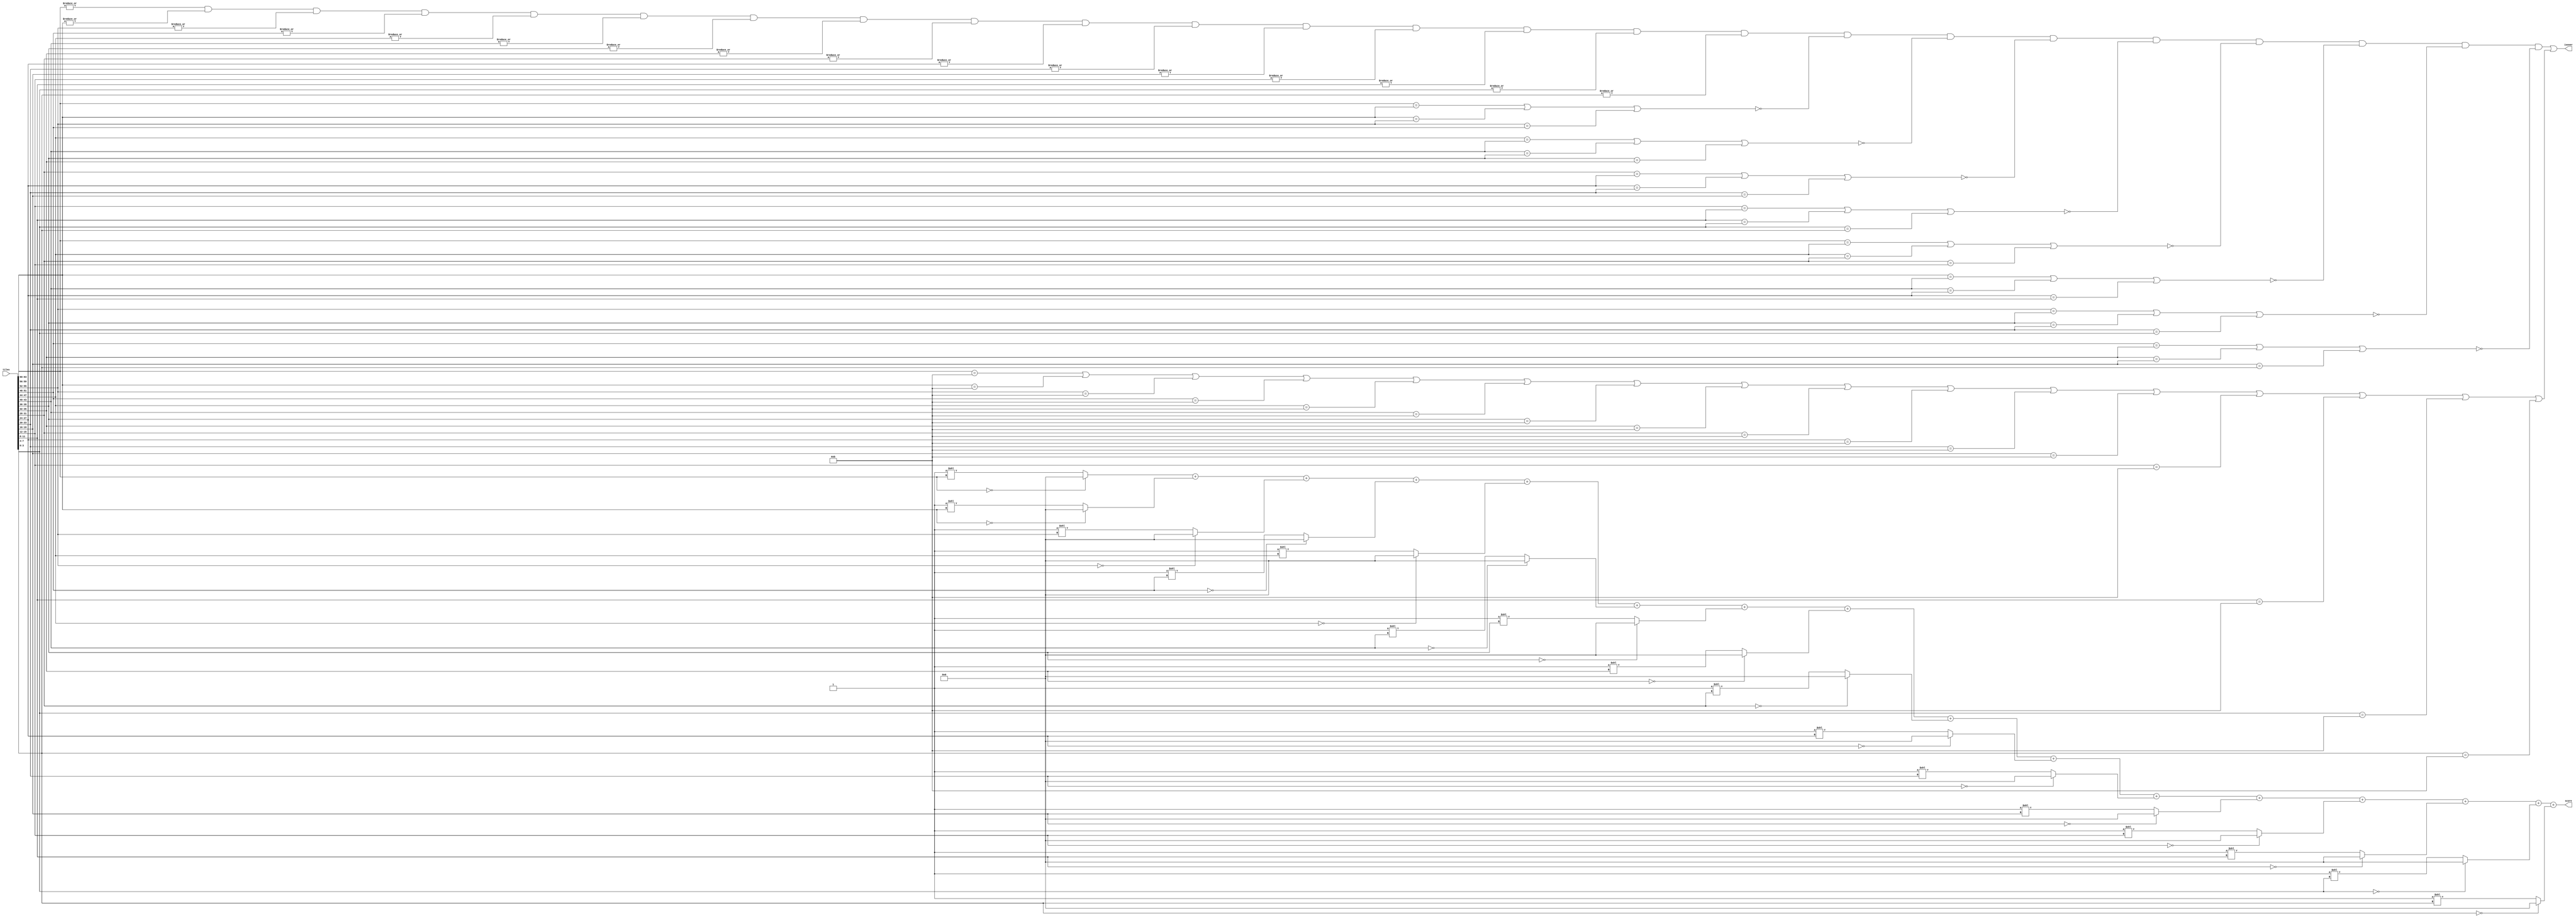
`timescale 1ns / 1ps
//////////////////////////////////////////////////////////////////////////////////
// Company: 
// Engineer: 
// 
// Design Name: 
// Module Name:    state 
// Project Name: 
// Target Devices: 
// Tool versions: 
// Description: State Module for 2048 Game
//
// Dependencies: 
//
// Revision: 
// Revision 0.01 - File Created
// Additional Comments: 
//
//////////////////////////////////////////////////////////////////////////////////
module state(
    input [63:0] tiles, // Input representing the state of the tiles
    output wire [15:0] score, // Output representing the score
    output wire isover // Output indicating game over state
    );

    wire full; // Wire indicating whether the board is full
    wire is2048; // Wire indicating whether the game reached 2048
    wire row1, row2, row3, row4; // Wires indicating matching tiles in each row
    wire col1, col2, col3, col4; // Wires indicating matching tiles in each column

    // Check if any row has matching tiles
    assign full = |tiles[63:60] & |tiles[59:56] & |tiles[55:52] & |tiles[51:48] & |tiles[47:44] & |tiles[43:40] & |tiles[39:36] & |tiles[35:32] & |tiles[31:28] & |tiles[27:24] & |tiles[23:20] & |tiles[19:16] & |tiles[15:12] & |tiles[11:8] & |tiles[7:4] & |tiles[3:0];
    assign row1 = (tiles[63:60]==tiles[59:56]) || (tiles[59:56]==tiles[55:52]) || (tiles[55:52]==tiles[51:48]);
    assign row2 = (tiles[47:44]==tiles[43:40]) || (tiles[43:40]==tiles[39:36]) || (tiles[39:36]==tiles[35:32]);
    assign row3 = (tiles[31:28]==tiles[27:24]) || (tiles[27:24]==tiles[23:20]) || (tiles[23:20]==tiles[19:16]);
    assign row4 = (tiles[15:12]==tiles[11:8]) || (tiles[11:8]==tiles[7:4]) || (tiles[7:4]==tiles[3:0]);

    // Check if any column has matching tiles
    assign col1 = (tiles[63:60]==tiles[47:44]) || (tiles[47:44]==tiles[31:28]) || (tiles[31:28]==tiles[15:12]);
    assign col2 = (tiles[59:56]==tiles[43:40]) || (tiles[43:40]==tiles[27:24]) || (tiles[27:24]==tiles[11:8]);
    assign col3 = (tiles[55:52]==tiles[39:36]) || (tiles[39:36]==tiles[23:20]) || (tiles[23:20]==tiles[7:4]);
    assign col4 = (tiles[51:48]==tiles[35:32]) || (tiles[35:32]==tiles[19:16]) || (tiles[19:16]==tiles[3:0]);

    // Check if any tile is 2048
    assign is2048 = tiles[63:60]==4'd11 || tiles[59:56]==4'd11 || tiles[55:52]==4'd11 || tiles[51:48]==4'd11 || tiles[47:44]==4'd11 || tiles[43:40]==4'd11 || tiles[39:36]==4'd11 || tiles[35:32]==4'd11 || tiles[31:28]==4'd11 || tiles[27:24]==4'd11 || tiles[23:20]==4'd11 || tiles[19:16]==4'd11 || tiles[15:12]==4'd11 || tiles[11:8]==4'd11 || tiles[7:4]==4'd11 || tiles[3:0]==4'd11;

    // Check if the board is full and no matching tiles in rows or columns
    assign isover = (full && !row1 && !row2 && !row3 && !row4 && !col1 && !col2 && !col3 && !col4) || is2048;

    // Calculate the score based on the value of each tile
    assign score = (tiles[63:60]==0?0:16'd1<<tiles[63:60])+(tiles[59:56]==0?0:16'd1<<tiles[59:56])+(tiles[55:52]==0?0:16'd1<<tiles[55:52])+(tiles[51:48]==0?0:16'd1<<tiles[51:48])+(tiles[47:44]==0?0:16'd1<<tiles[47:44])+(tiles[43:40]==0?0:16'd1<<tiles[43:40])+(tiles[39:36]==0?0:16'd1<<tiles[39:36])+(tiles[35:32]==0?0:16'd1<<tiles[35:32])+(tiles[31:28]==0?0:16'd1<<tiles[31:28])+(tiles[27:24]==0?0:16'd1<<tiles[27:24])+(tiles[23:20]==0?0:16'd1<<tiles[23:20])+(tiles[19:16]==0?0:16'd1<<tiles[19:16])+(tiles[15:12]==0?0:16'd1<<tiles[15:12])+(tiles[11:8]==0?0:16'd1<<tiles[11:8])+(tiles[7:4]==0?0:16'd1<<tiles[7:4])+(tiles[3:0]==0?0:16'd1<<tiles[3:0]);

endmodule